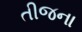
તીજના